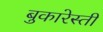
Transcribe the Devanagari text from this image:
बुकारेस्ती